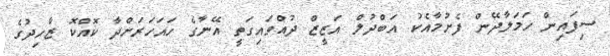
ސިފައިން ހަމަލާދޭން ފެށުމާއެކު އަބްދުލް އަޒީޒް ދުއްވައިގަތީ އޭނާގެ ހައަހަރަށްދާ ކޮއްކޮ ޒާހިދުގެ